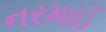
નરમાઈ